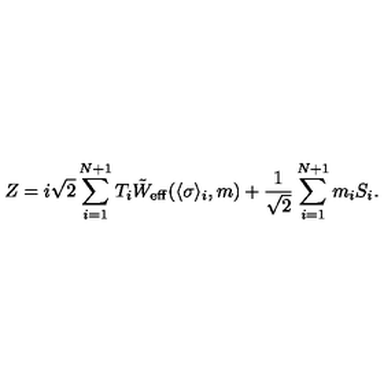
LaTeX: Z = i \sqrt { 2 } \sum _ { i = 1 } ^ { N + 1 } T _ { i } \tilde { W } _ { \mathrm { e f f } } ( \langle \sigma \rangle _ { i } , m ) + { \frac { 1 } { \sqrt { 2 } } } \sum _ { i = 1 } ^ { N + 1 } m _ { i } S _ { i } .